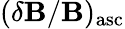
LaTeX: (\delta\mathbf{B}/\mathbf{B})_{\mathrm{{asc}}}